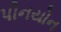
પીનયોન